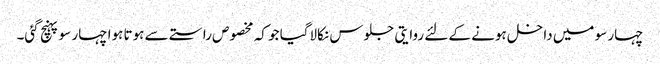
چہار سو میں داخل ہونے کے لئے روایتی جلوس نکالاگیا جو کہ مخصوص راستے سے ہوتا ہوا چہار سو پہنچ گئی۔